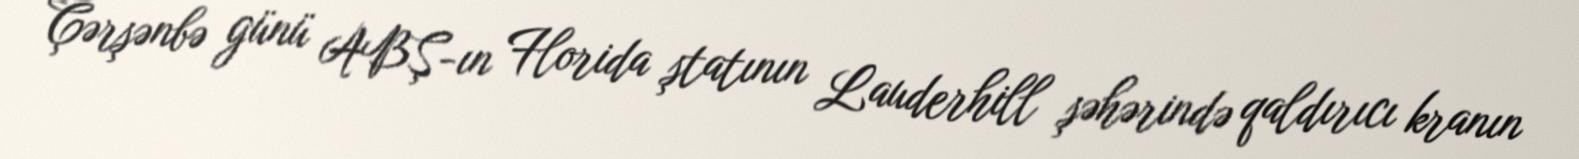
Çərşənbə günü ABŞ-ın Florida ştatının Lauderhill şəhərində qaldırıcı kranın